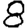
Digit: 8